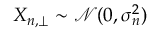
X _ { n , \perp } \sim \mathcal { N } ( 0 , \sigma _ { n } ^ { 2 } )